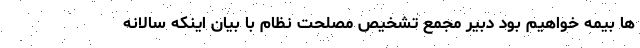
ها بیمه خواهیم بود دبیر مجمع تشخیص مصلحت نظام با بیان اینکه سالانه